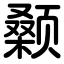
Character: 颡